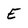
Character: E